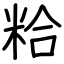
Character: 粭